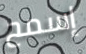
إسمح